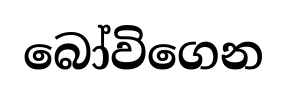
බෝවිගෙන